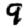
Digit: 9